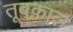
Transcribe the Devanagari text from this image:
तूबक़ाल